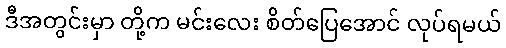
ဒီအတွင်းမှာ တို့က မင်းလေး စိတ်ပြေအောင် လုပ်ရမယ်